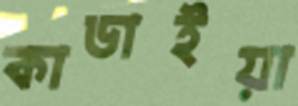
কাডাইয়া